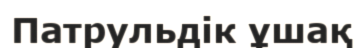
Патрульдік ұшақ